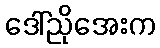
ဒေါ်ညိုအေးက